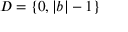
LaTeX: D = \{ 0 , | b | - 1 \}